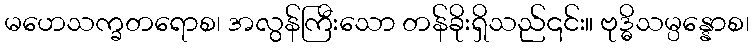
မဟေသက္ခတရောစ၊ အလွန်ကြီးသော တန်ခိုးရှိသည်၎င်း။ ဗုဒ္ဓိသမ္ပန္နောစ၊